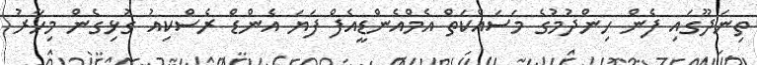
ތިނަދޫގައި ފެން ހިންދުމުގެ މަސައްކަތް އެމްއެންޑީއެފް ފަޔަ އެންޑް ރެސްކިއު ގުޅިގެން މިހާރު